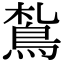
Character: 𩿤